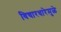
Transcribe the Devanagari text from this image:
विचारधारेमुळे